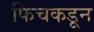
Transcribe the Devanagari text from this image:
फिचकडून